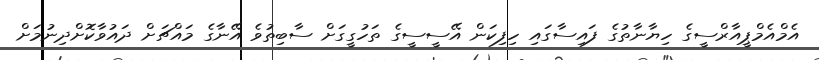
އެމްއެމްޕީއާރްސީގެ ހިޔާނާތުގެ ފައިސާގައި ހިފިކަން އޭސީސީގެ ތަހުގީގަށް ސާބިތުވެ އޭނާގެ މައްޗަށް ދައުވާކޮށްދިނުމަށް